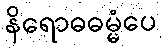
နိရောဓဓမ္မံပေ